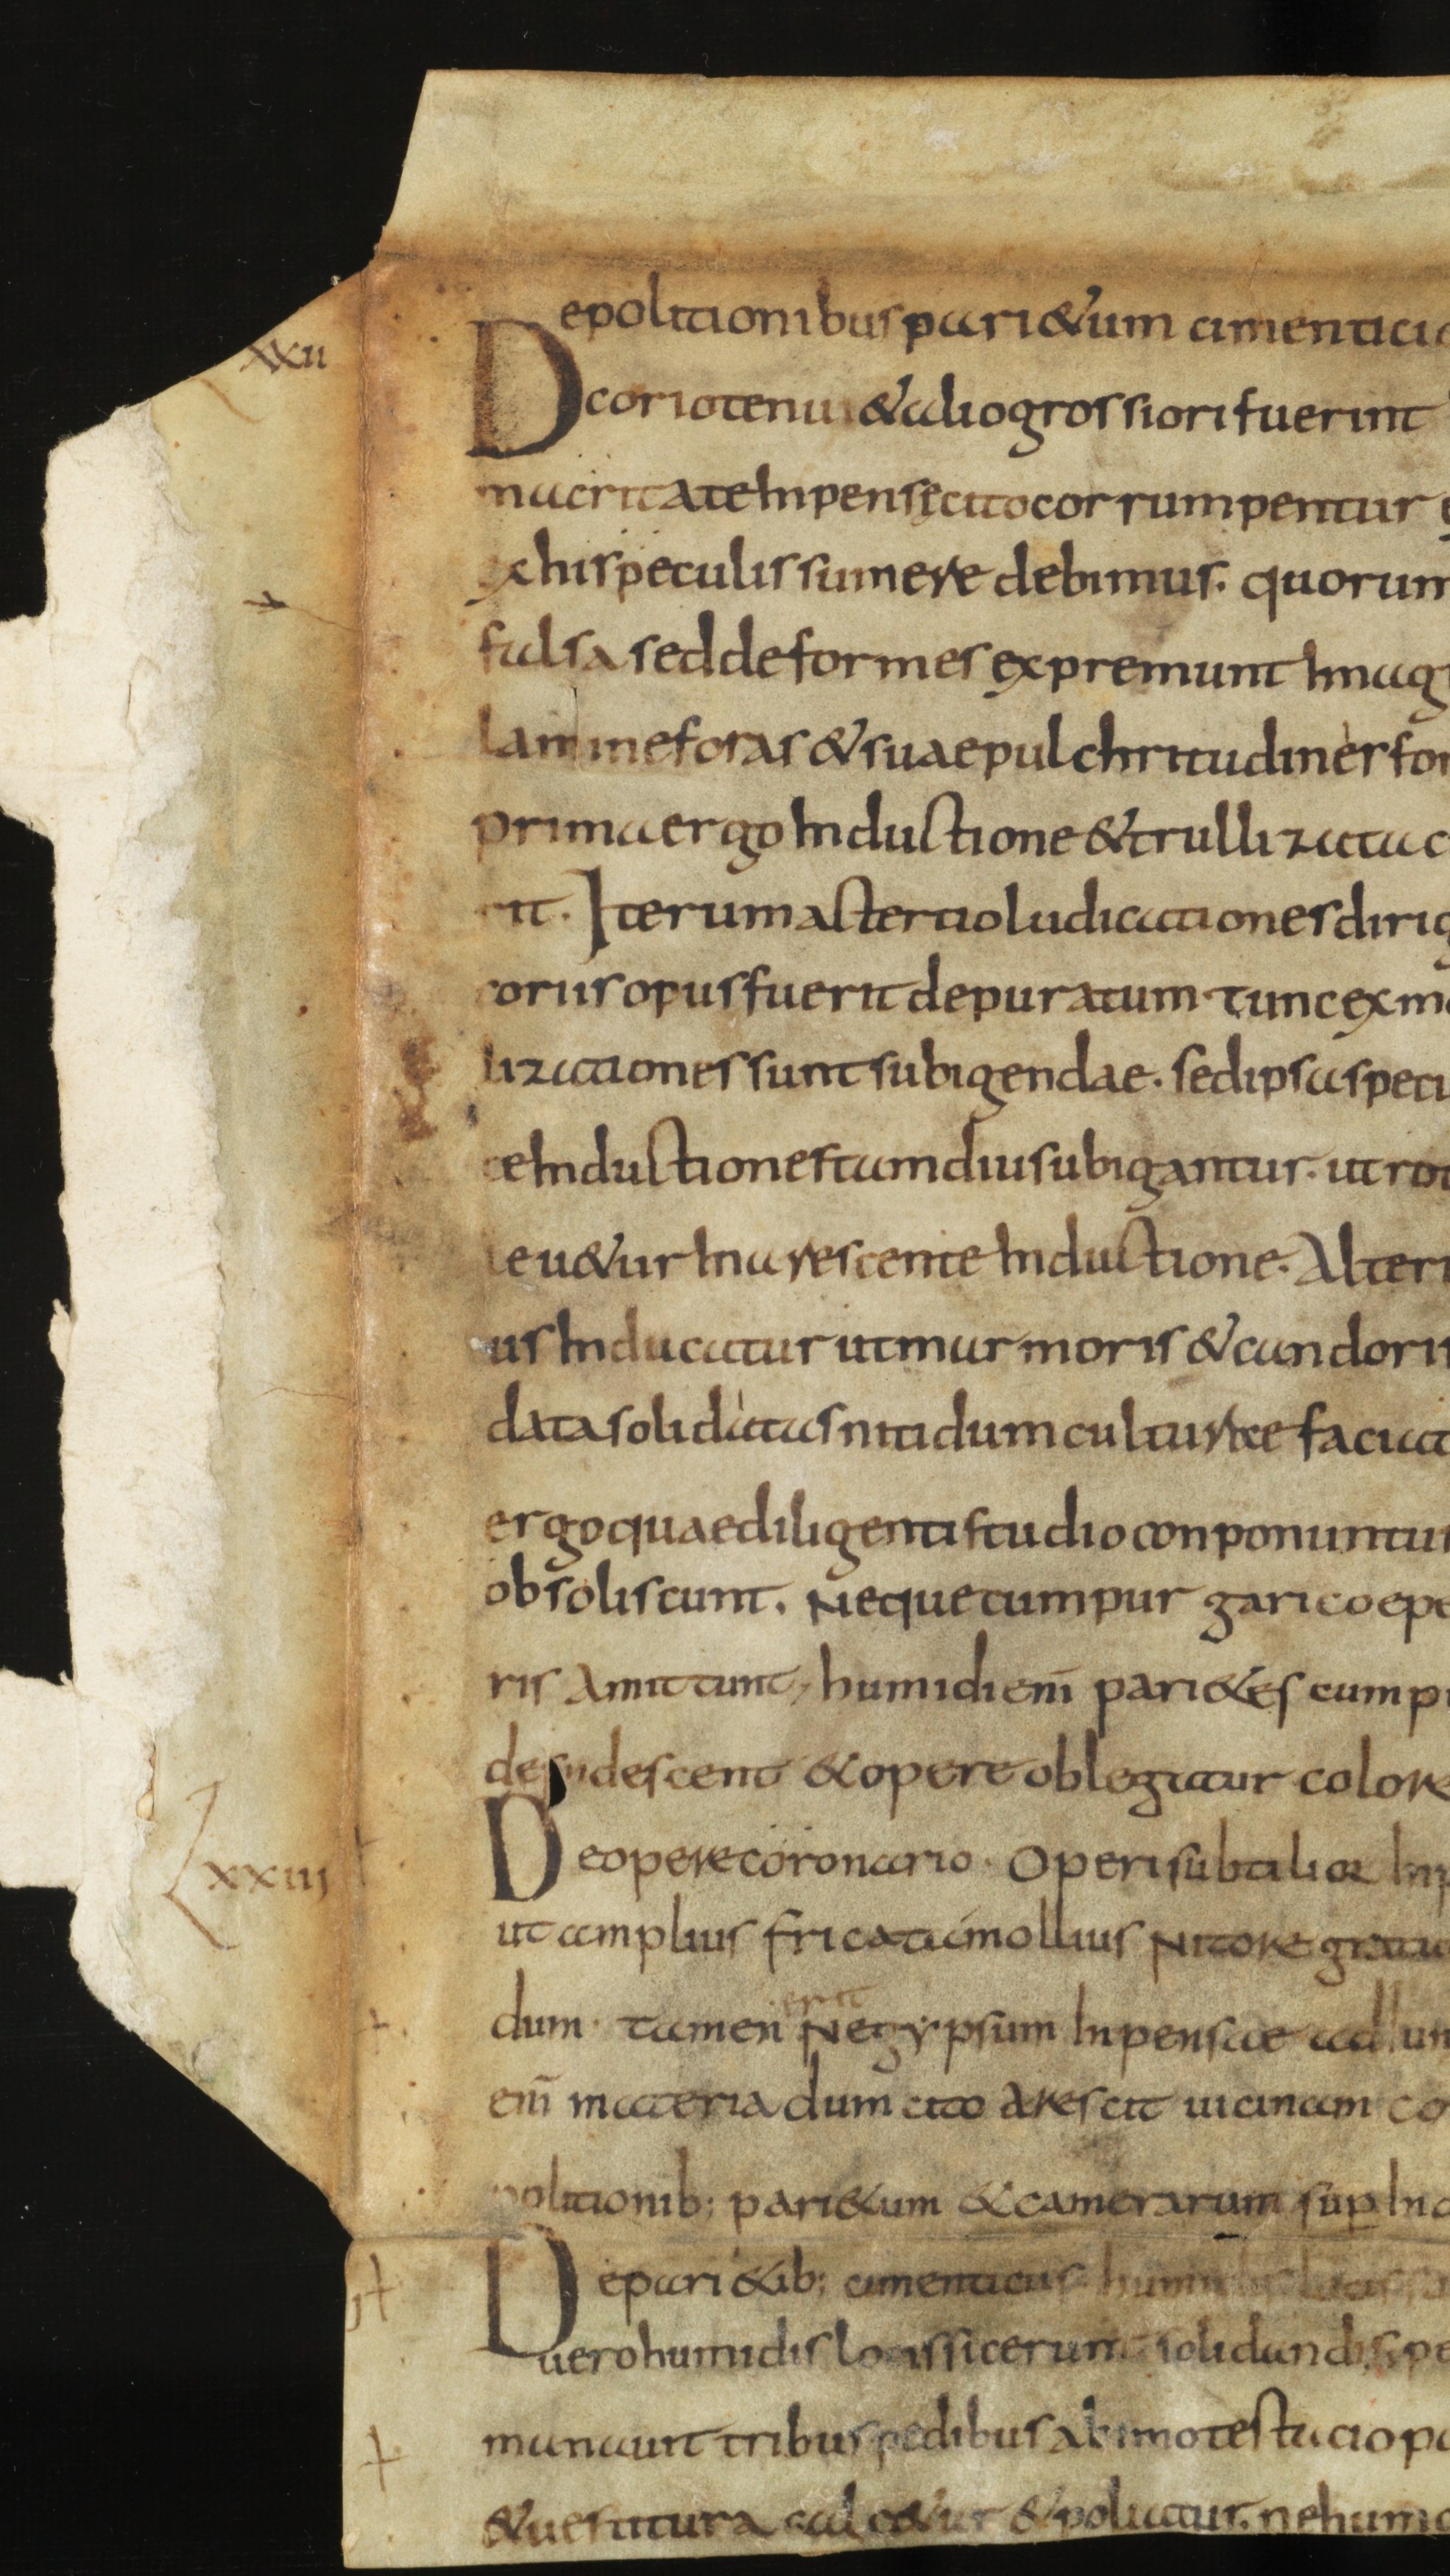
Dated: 835–865